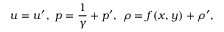
\boldsymbol { u } = \boldsymbol { u } ^ { \prime } , ~ p = \frac { 1 } { \gamma } + p ^ { \prime } , ~ \rho = f ( x , y ) + \rho ^ { \prime } ,